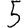
Digit: 5